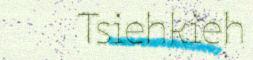
Tsiehkieh